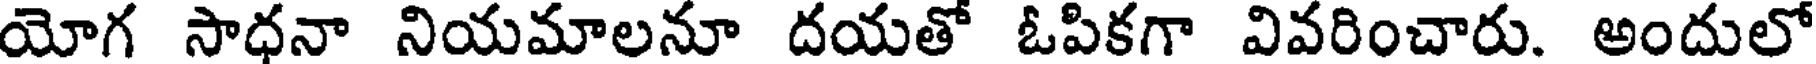
యోగ సాధనా నియమాలనూ దయతో ఓపికగా వివరించారు. అందులో